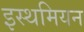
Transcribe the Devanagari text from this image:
इस्थमियन